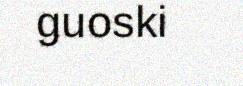
guoski